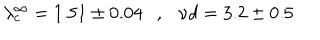
\lambda _ { c } ^ { \infty } = 1 . 5 1 \pm 0 . 0 4 \ \ \ , \ \ \ { { \nu } d } = 3 . 2 \pm 0 . 5